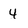
Character: 4